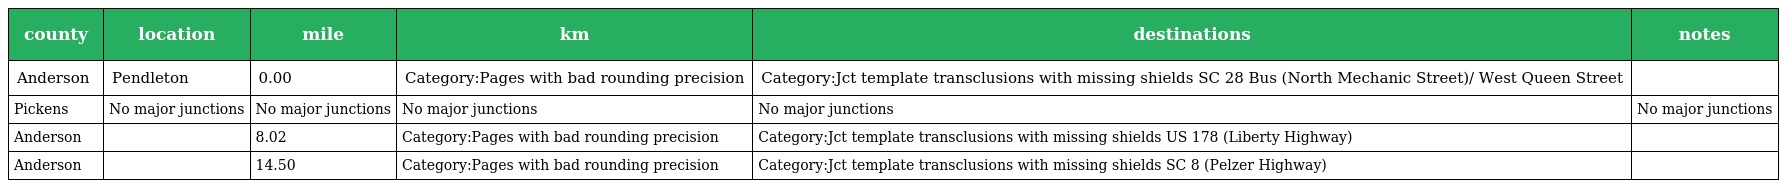
| county | location | mile | km | destinations | notes |
 | --- | --- | --- | --- | --- | --- |
 | Anderson | Pendleton | 0.00 | Category:Pages with bad rounding precision | Category:Jct template transclusions with missing shields SC 28 Bus (North Mechanic Street)/ West Queen Street |  |
 | Pickens | No major junctions | No major junctions | No major junctions | No major junctions | No major junctions |
 | Anderson |  | 8.02 | Category:Pages with bad rounding precision | Category:Jct template transclusions with missing shields US 178 (Liberty Highway) |  |
 | Anderson |  | 14.50 | Category:Pages with bad rounding precision | Category:Jct template transclusions with missing shields SC 8 (Pelzer Highway) |  |